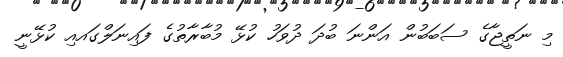
މި ނަތީޖާގެ ސަބަބުން އަންނަ ބުދަ ދުވަހު ކުޅޭ މުބާރާތުގެ ފައިނަލްގައއި ކުޅޭނީ